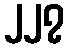
၂၂၇